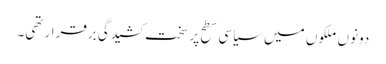
دونوں ملکوں میں سیاسی سطح پر سخت کشیدگی برقرار تھی۔